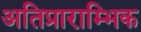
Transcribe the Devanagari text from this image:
अतिप्राराम्भिक